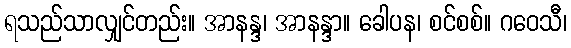
ရသည်သာလျှင်တည်း။ အာနန္ဒ၊ အာနန္ဒာ။ ခေါပန၊ စင်စစ်။ ဂဝေသီ၊